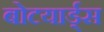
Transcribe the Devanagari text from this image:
बोटयार्ड्स